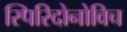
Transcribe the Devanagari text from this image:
स्पिरिदोनोविच